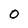
Character: 0